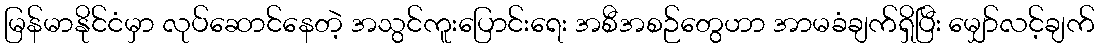
မြန်မာနိုင်ငံမှာ လုပ်ဆောင်နေတဲ့ အသွင်ကူးပြောင်းရေး အစီအစဉ်တွေဟာ အာမခံချက်ရှိပြီး မျှော်လင့်ချက်